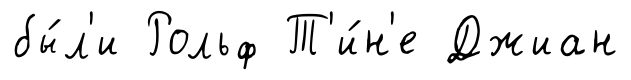
бы́л'и Рольф Т'и́н'е Джиан